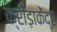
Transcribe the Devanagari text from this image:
क्रीड़ाकेंद्र